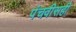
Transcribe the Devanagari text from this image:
पंचवीसही